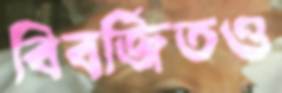
বিবর্জিতও